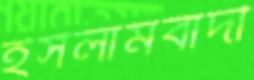
ইসলামবাদী